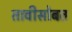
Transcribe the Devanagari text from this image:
तावीसोबत